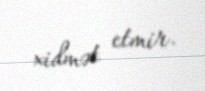
xidmət etmir.